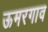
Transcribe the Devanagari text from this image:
ऊमरगाव